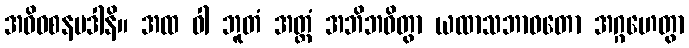
အဓိဝစနပဒါနိ။ အထ ဝါ ဘူတံ အတ္ထံ အဘိဘဝိတွာ ယထာသဘာဝတော အဂ္ဂဟေတွာ